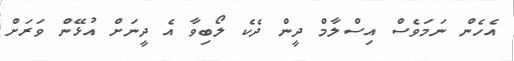
އެހެން ނަމަވެސް އިސްލާމް ދީން ދެކެ ލޯބިވާ އެ ދީނަށް އުޅޭން ވަރަށް